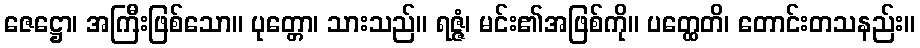
ဇေဋ္ဌော၊ အကြီးဖြစ်သော။ ပုတ္တော၊ သားသည်။ ရဇ္ဇံ၊ မင်း၏အဖြစ်ကို။ ပတ္ထေတိ၊ တောင်းတသနည်း။